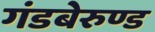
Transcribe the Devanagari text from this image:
गंडबेरुण्ड